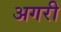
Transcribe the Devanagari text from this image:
अगरी